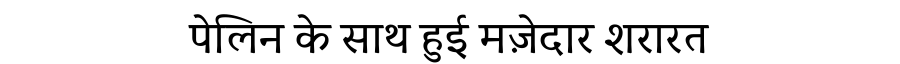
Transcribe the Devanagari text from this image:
पेलिन के साथ हुई मज़ेदार शरारत